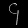
Digit: ၄